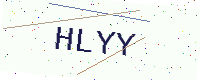
Text: HLYY